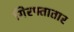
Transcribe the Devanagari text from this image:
गिरफ्तातार